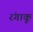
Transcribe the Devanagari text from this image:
रंगाकू